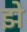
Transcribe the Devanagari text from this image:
झे